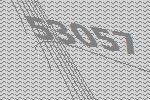
53057